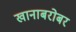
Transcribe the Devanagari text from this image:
खानाबरोबर